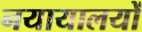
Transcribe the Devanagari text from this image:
नयायालयों